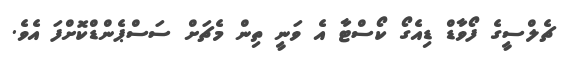
ޗެލްސީގެ ފޯވާޑް ޑިއެގޯ ކޯސްޓާ އެ ވަނީ ތިން މެޗަށް ސަސްޕެންޑްކޮށްފަ އެވެ.